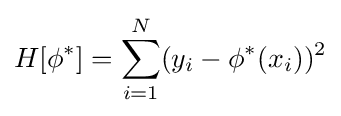
H[\phi ^{*}]=\sum _{i=1}^{N}(y_{i}-\phi ^{*}(x_{i}))^{2}